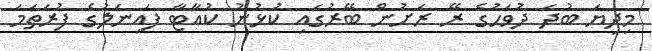
މިދިޔަ ބުދަ ދުވަހުގެ ރޭ ރަށުން ބޭރުގައި ކުޅުނު ކުއާޓާ ފައިނަލުގެ ފުރަތަމަ